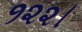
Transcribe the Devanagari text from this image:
१२२।